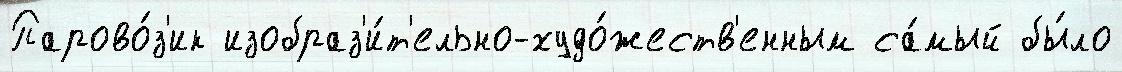
Парово́з'ик изобраз'и́т'ельно-худо́жеств'енным са́мый бы́ло